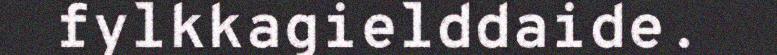
fylkkagielddaide.